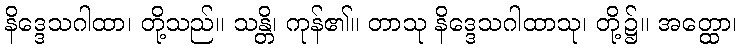
နိဒ္ဒေသဂါထာ၊ တို့သည်။ သန္တိ၊ ကုန်၏။ တာသု နိဒ္ဒေသဂါထာသု၊ တို့၌။ အတ္ထော၊